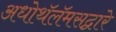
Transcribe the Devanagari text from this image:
अधोथॅलॅमसद्वारे